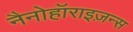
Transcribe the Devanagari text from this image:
नैनोहॉराइज़न्स